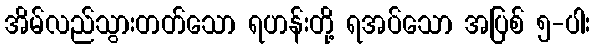
အိမ်လည်သွားတတ်သော ရဟန်းတို့ ရအပ်သော အပြစ် ၅-ပါး